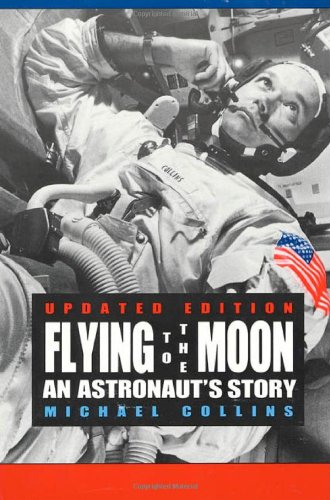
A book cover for Flying to the Moon: An Astronaut's Story; Michael Collins; Teen & Young Adult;